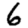
Digit: 6